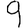
Digit: 9